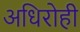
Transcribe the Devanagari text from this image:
अधिरोही